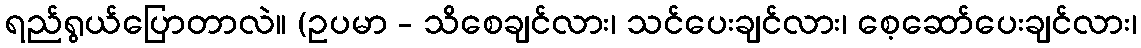
ရည်ရွယ်ပြောတာလဲ။ (ဥပမာ - သိစေချင်လား၊ သင်ပေးချင်လား၊ စေ့ဆော်ပေးချင်လား၊